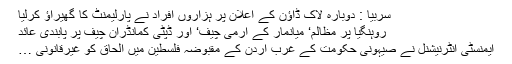
سربیا : دوبارہ لاک ڈاؤن کے اعلان پر ہزاروں افراد نے پارلیمنٹ کا گھیراؤ کرلیا
روہنگیا پر مظالم‘ میانمار کے آرمی چیف‘ اور ڈپٹی کمانڈران چیف پر پابندی عائد
ایمنسٹی انٹرنیشنل نے صیہونی حکومت کے غرب اردن کے مقبوضہ فلسطین میں الحاق کو غیرقانونی …